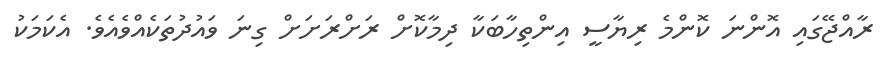
ރާއްޖޭގައި އޮންނަ ކޮންމެ ރިޔާސީ އިންތިހާބަކާ ދިމާކޮށް ރަށްރަށަށް ގިނަ ވައުދުތަކެއްވެއެވެ. އެކަމަކު